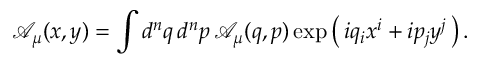
{ \mathcal { A } } _ { \mu } ( x , y ) = \int d ^ { n } q \, d ^ { n } p \, { \mathcal { A } } _ { \mu } ( q , p ) \exp \left( \, i q _ { i } x ^ { i } + i p _ { j } y ^ { j } \, \right) .